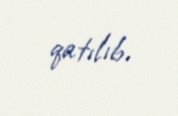
qatılıb.